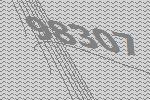
98307